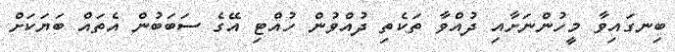
ބިނގައިވާ މީހުންނަށާއި ދުއްވާ ތަކެތި ދުއްވުން ހުއްޓި އޭގެ ސަބަބުން އެތައް ބަޔަކަށް